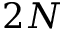
2 N